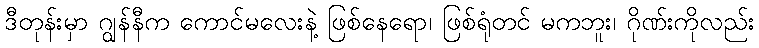
ဒီတုန်းမှာ ဂျွန်နီက ကောင်မလေးနဲ့ ဖြစ်နေရော၊ ဖြစ်ရုံတင် မကဘူး၊ ဂိုဏ်းကိုလည်း